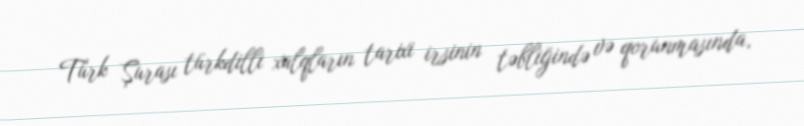
Türk Şurası türkdilli xalqların tarixi irsinin təbliğində və qorunmasında,